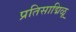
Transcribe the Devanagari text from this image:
प्रतिसाद्मिळू